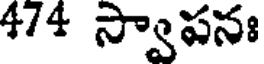
474 స్వాపనః